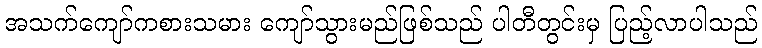
အသက်ကျော်ကစားသမား ကျော်သွားမည်ဖြစ်သည် ပါတီတွင်းမှ ပြည့်လာပါသည်